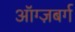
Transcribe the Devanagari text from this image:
ऑग्ज़बर्ग